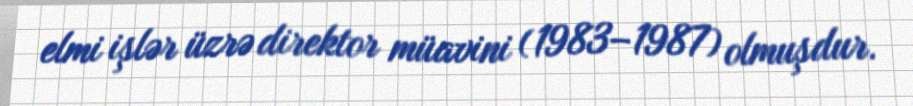
elmi işlər üzrə direktor müavini (1983–1987) olmuşdur.